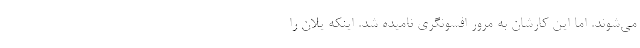
می‌شوند. اما این کارشان به مرور افسونگری نامیده شد. اینکه یلان را